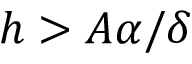
h > A \alpha / \delta